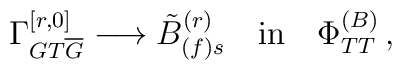
\Gamma^{[r,0]}_{GT\overline{G}} \longrightarrow {\tilde{B}}^{(r)}_{(f)s}\quad{\rm{in}}\quad \Phi^{(B)}_{TT} \, ,